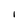
Character: l